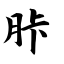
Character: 胩